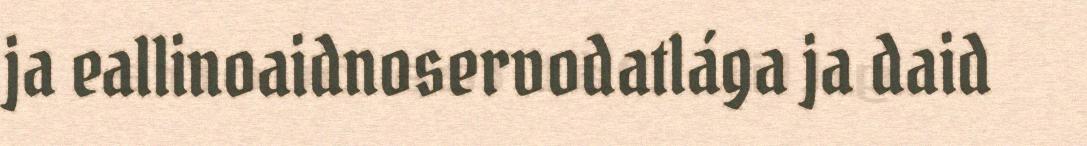
ja eallinoaidnoservodatlága ja daid